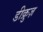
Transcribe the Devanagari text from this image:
डीक्रुज़